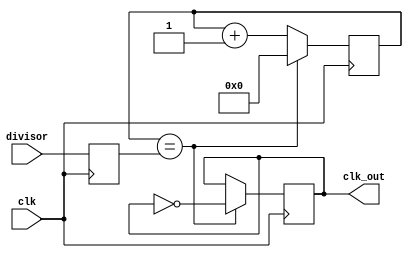
module programmable_clock_divider (
    input wire clk,
    input wire [7:0] divisor,
    output reg clk_out
);

reg [7:0] counter;
reg [7:0] divider_reg;

always @(posedge clk) begin
    if (counter == divider_reg) begin
        counter <= 0;
        clk_out <= ~clk_out;
    end else begin
        counter <= counter + 1;
    end
end

always @(posedge clk) begin
    divider_reg <= divisor;
end

endmodule